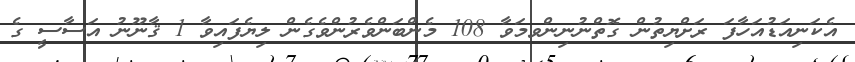
އެކަނިއަޑުއަހާފަ ރަށްޔިތުން ގޮތްނުނިންވމަވާ 108 މެންބަންވެރުންވެގެން ލިޔެފައިވާ 1 ޤާނޫނު އަސާސީ ގެ